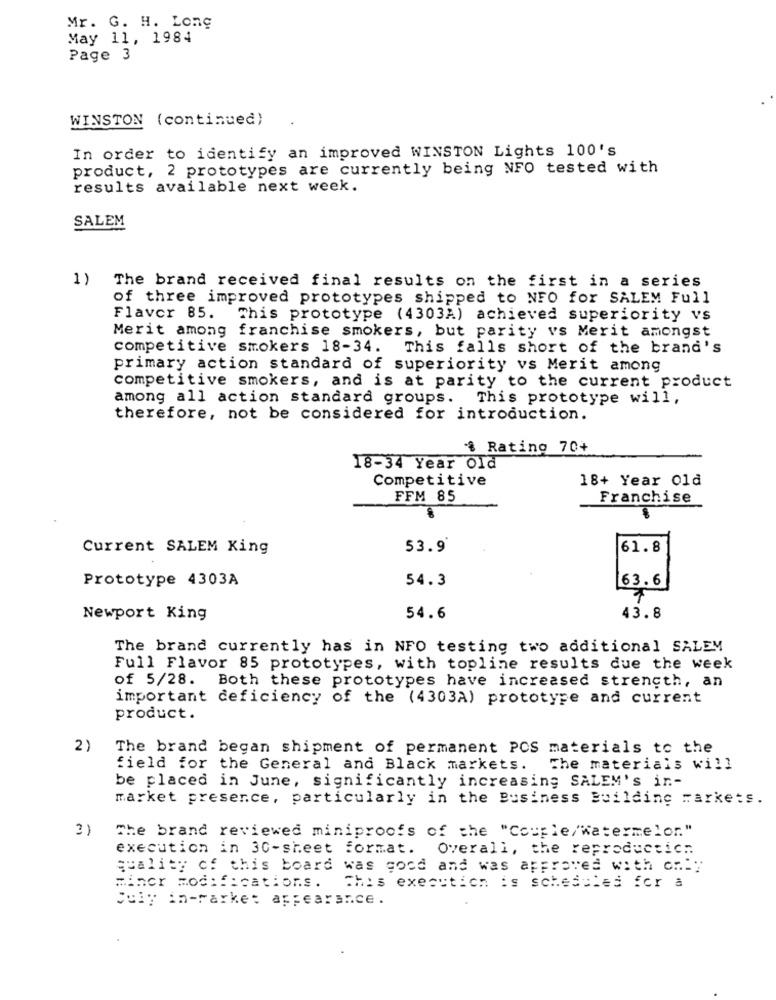
Mr. G. H. Long
May 11, 1984
Page 3
WINSTON (continued)
In order to identify an improved WINSTON Lights 100's
product, 2 prototypes are currently being NFO tested with
results available next week.
SALEM
1) The brand received final results on the first in a series
of three improved prototypes shipped to NFO for SALEM Full
Flavor 85.
This prototype (4303A) achieved superiority vs
Merit among franchise smokers, but parity vs Merit amongst
competitive smokers 18-34. This falls short of the brand's
primary action standard of superiority vs Merit among
competitive smokers, and is at parity to the current product
among all action standard groups. This prototype will,
therefore, not be considered for introduction.
% Rating 70+
18-34 Year Old
Competitive
18+ Year 01d
FFM 85
Franchise
Current SALEM King
53.9
61.8
Prototype 4303A
54.3
63.6
Newport King
54.6
43.8
The brand currently has in NFO testing two additional SALEM
Full Flavor 85 prototypes, with topline results due the week
of 5/28. Both these prototypes have increased strength, an
important deficiency of the (4303A) prototype and current
product.
2)
The brand began shipment of permanent PCS materials to the
field for the General and Black markets.
The materials will
be placed in June, significantly increasing SALEM's in-
market presence, particularly in the Business Building markets.
3)
The brand reviewed miniproofs of the "Couple/Watermelon."
execution in 30-sheet format. Overall, the reproductic ..
quality of this board was good and was approved with only
Minor modifications.
This execution is scheduled for a
July in-rarke: appearance.